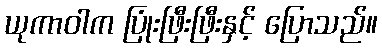
ယုကာဝါက ပြုံးဖြီးဖြီးနှင့် ပြောသည်။